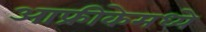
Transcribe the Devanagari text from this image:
आफ्रीकेमध्ये